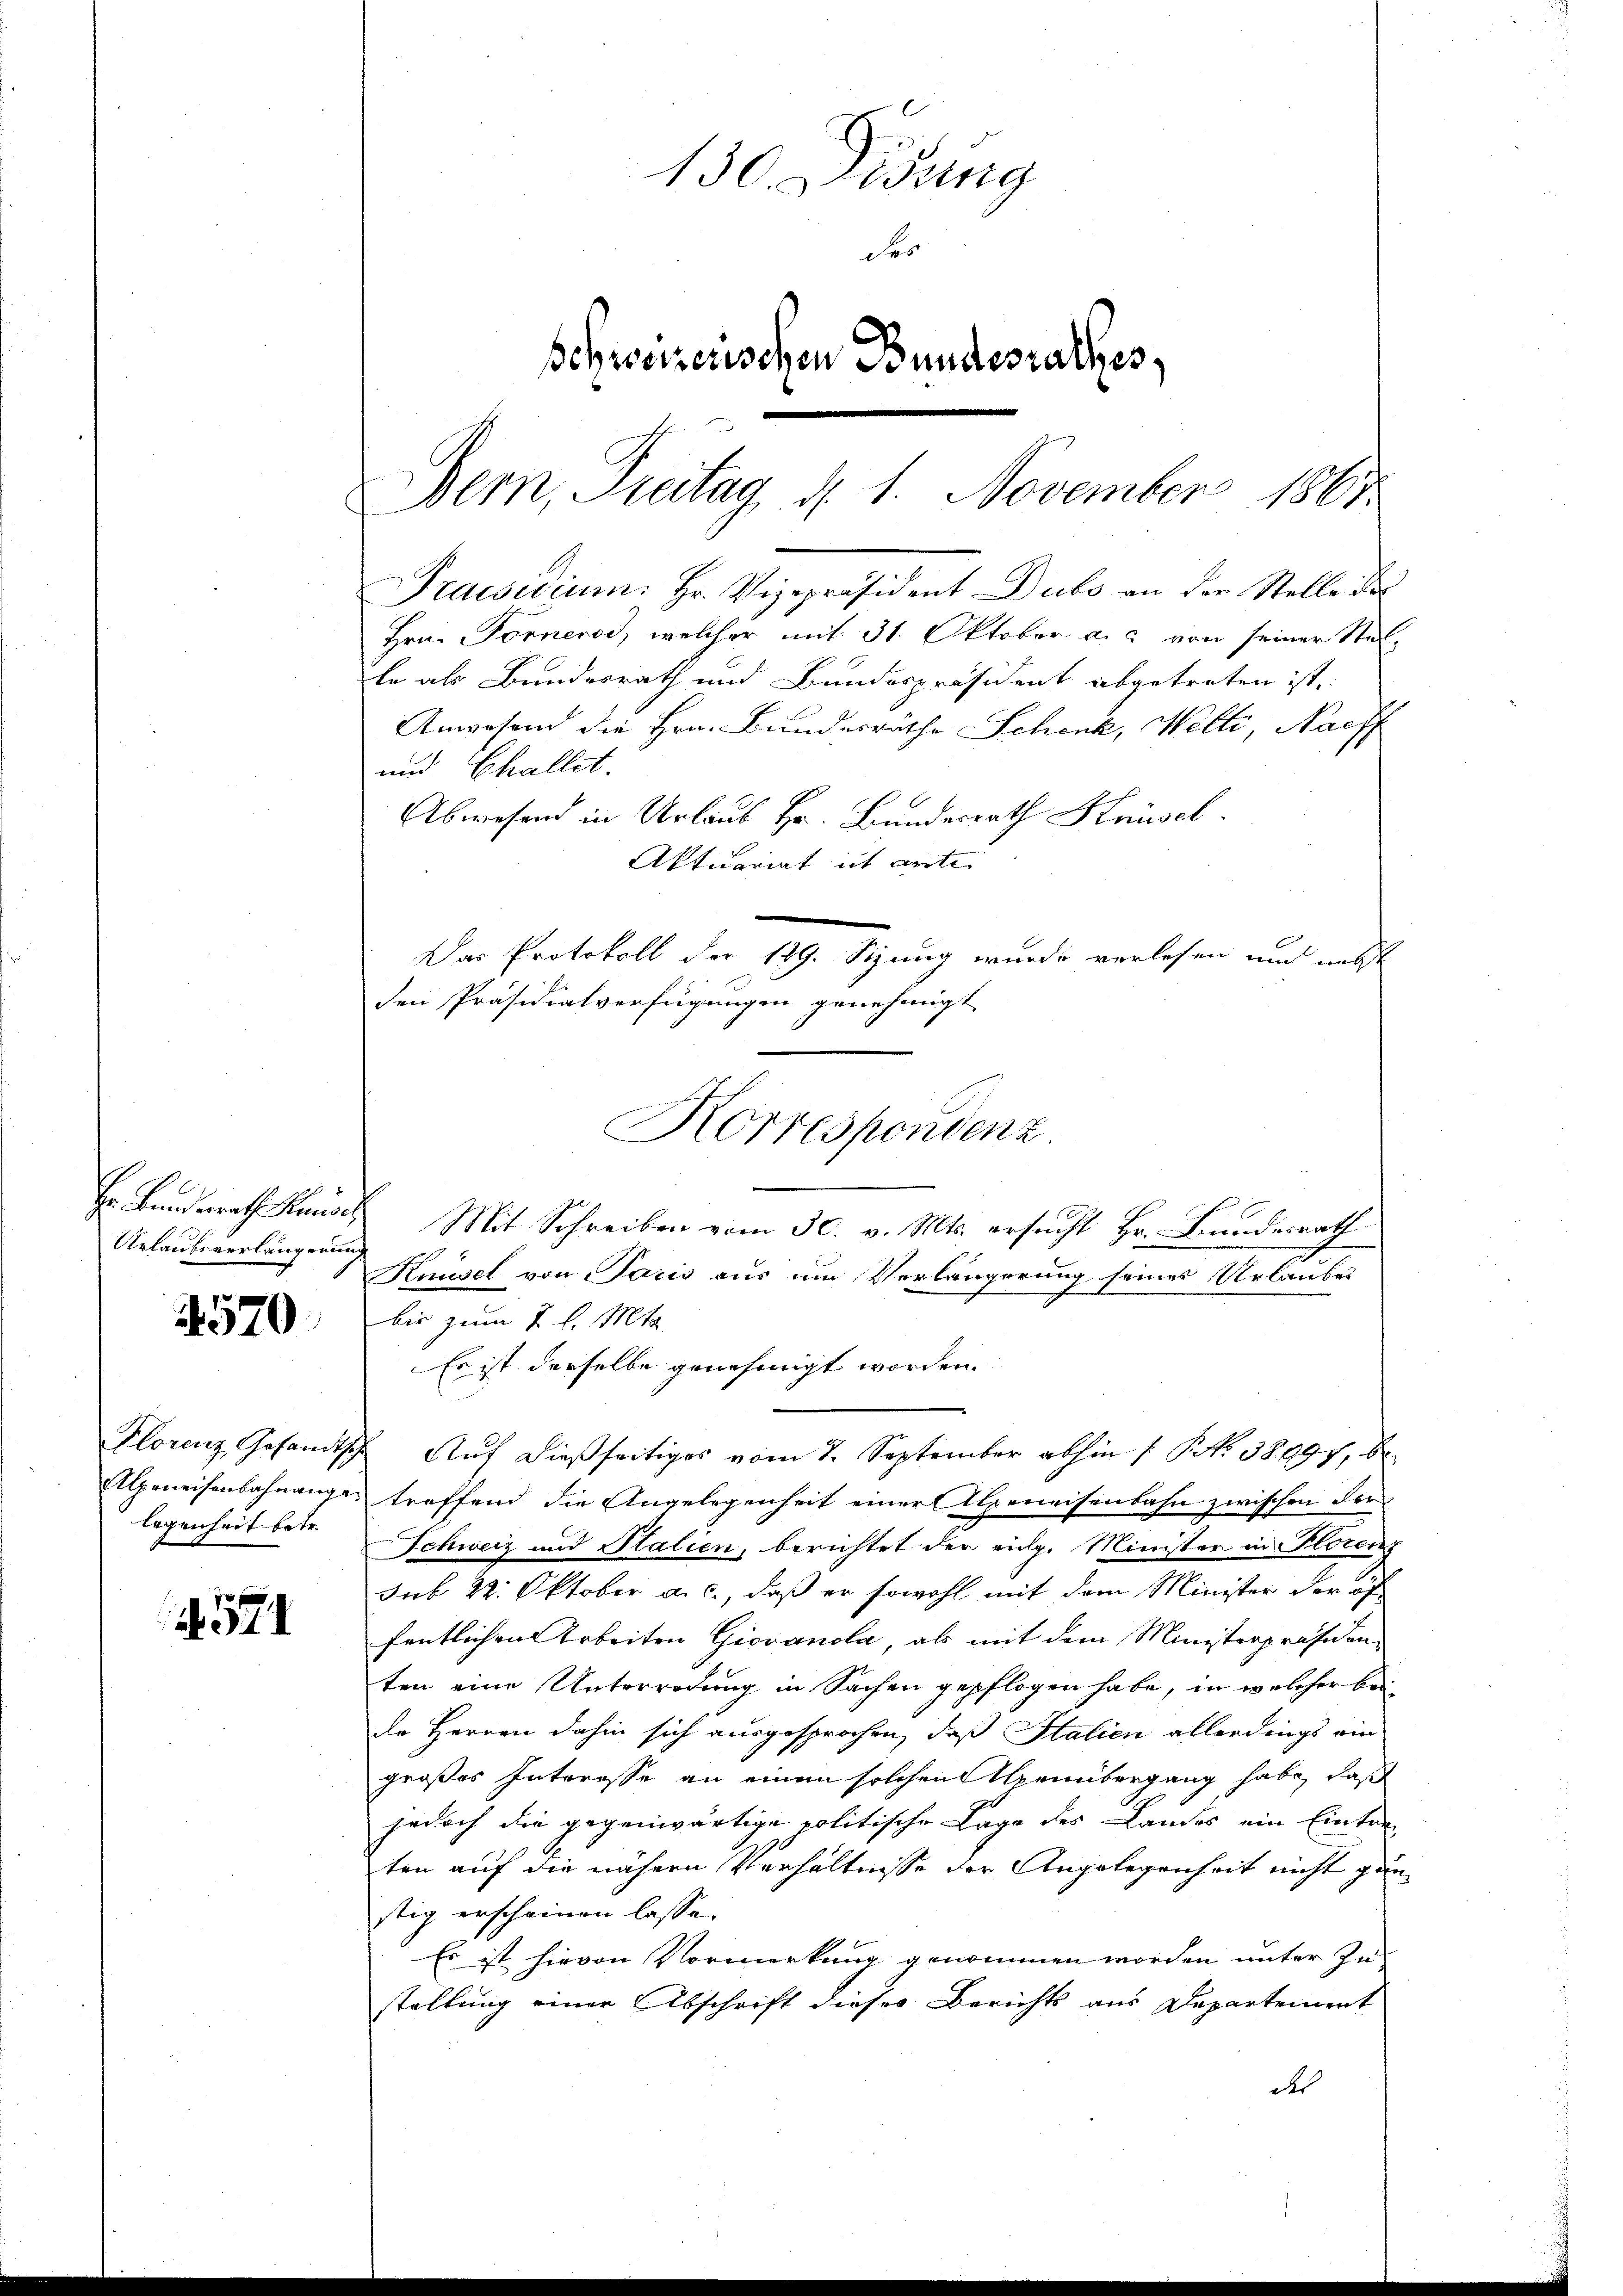
Urlaufsverlängerung

1570

legenheit betr.

57

Bern, Freitag, d. 1. November 1863

130. Sidung
Fes
schweizerischen Bundesrathes,

Praesidium. Hr. Vizepräsident Dubs an der Stelle des
Hrn. Forneros, welcher mit 31. Oktober a.c. von seiner Steile als Bundesrath und Bundespräsident abgetreten ist.
Anwesend die Hrn. Bundesräthe Schenk, Welti, Nachf
Abwesend in Urlaub Hr. Bundesrath Knüsel
Aktuariat ist ante
Das Protokoll der 129. Sizung wurde verlesen und nebst
den Präsidialverfügungen genehmigt
Hr. Bundesrath Kunde Mit Schreiben vom 30. v. Mts. ersucht Hr. Bundesrath
Knüsel von Paris aus um Verlängerung seines Urlaubes
bis zum 7 l. Mts.
Es ist derselbe genehmigt worden.
Florenz Gesandtsche Aŭf dießseitiges vom 7. September abhin ( P. Nr. 38897, be¬
Alpeneisenbahnangen treffend die Angelegenheit einer Alpeneisenbahn zwischen For
Schweiz und Italien, berichtet der eige Minister in Florenz
sub 22. Oktober a. c., daß er sowohl mit dem Minister der öf
fentlichen Arbeiten Giovanola, als mit dem Ministerpräsidenten eine Unterredung in Sachen gepflogen habe, in welcher bei
de Herren dahin sich ausgesprochen, daß Stalien allerdings ein
großes Interesse an einem solchen genübergang habe, daß
jedoch die gegenwärtige politische Lage des Landes ein Eintre-
ten auf die nähern Verhältnisse der Angelegenheit nicht gun-
stig erscheinen lasse.
Es ist hievon Vormerkung genommen worden unter In-
stellung einer Abschrift dieser Berichts aus Departement
des

und Challet.

Korrespondenz.